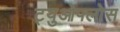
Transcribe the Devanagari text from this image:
ट्युओफ्लोस